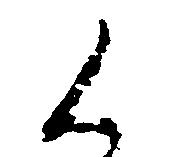
く